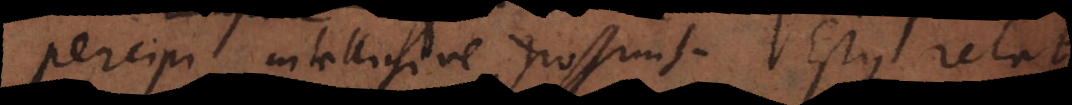
percipi intelligive possunt. Estque relatio